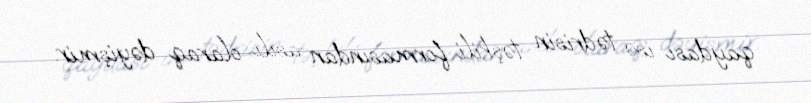
qaydası isə tədrisin təşkili formasından asılı olaraq dəyişmir.